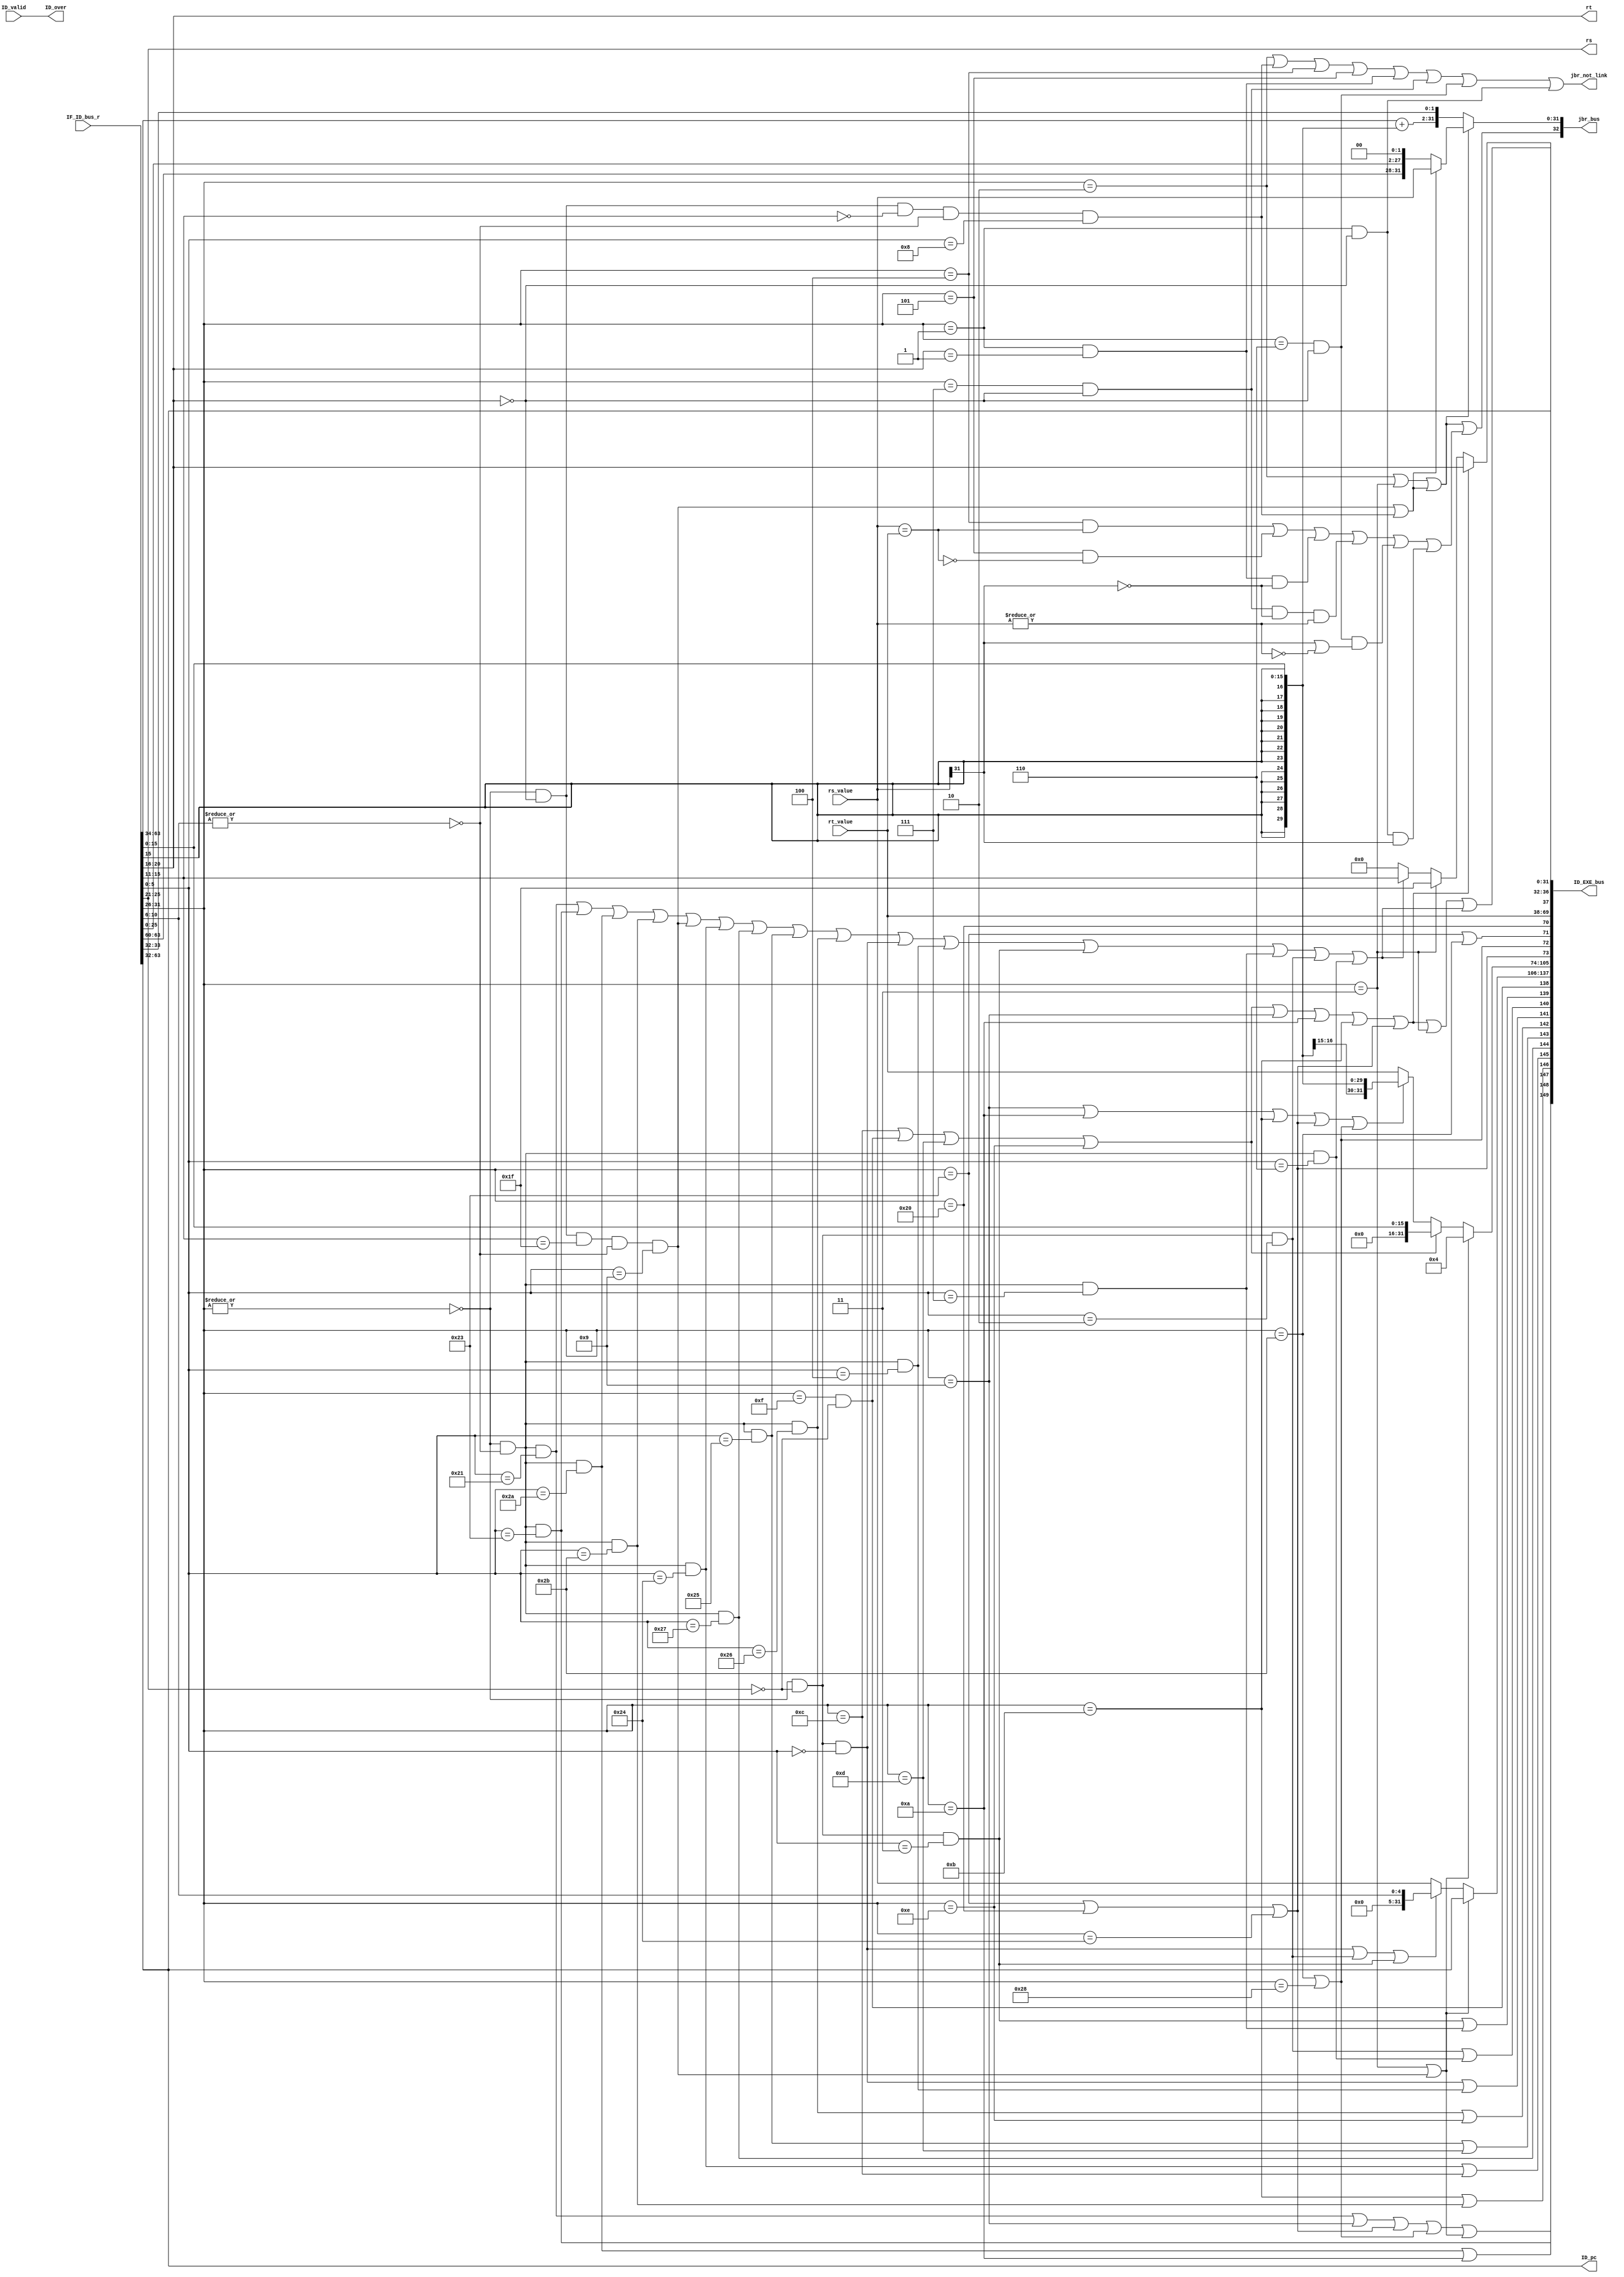
`timescale 1ns / 1ps
//////////////////////////////////////////////////////////////////////////////////
// Company: 
// Engineer: 
// 
// Design Name: 
// Module Name: decode
// Project Name: 
// Target Devices: 
// Tool Versions: 
// Description: 
// 
// Dependencies: 
// 
// Revision:
// Revision 0.01 - File Created
// Additional Comments:
// 
//////////////////////////////////////////////////////////////////////////////////


module decode( // 
 input ID_valid, // 
  input [ 63:0] IF_ID_bus_r, // IF->ID pc
  
  input [ 31:0] rs_value, // 
  input [ 31:0] rt_value, // 
  output [ 4:0] rs, // 
  output [ 4:0] rt, // 
  output [ 32:0] jbr_bus, // 
  output jbr_not_link,// ,link 
  output ID_over, // ID 
  output [149:0] ID_EXE_bus, // ID->EXE 
 
  //PC
  output [ 31:0] ID_pc
  );
  //-----{IF->ID }begin
  wire [31:0] pc;
  wire [31:0] inst;
  assign {pc, inst} = IF_ID_bus_r; // IF->ID PC 
  //-----{IF->ID }end
 
  //-----{}begin
  wire [5:0] op;
  wire [4:0] rd;
  wire [4:0] sa;
  wire [5:0] funct;
  wire [15:0] imm;
  wire [15:0] offset;
  wire [25:0] target;
 
 //R
  assign op = inst[31:26]; // 
  assign rs = inst[25:21]; // 1
  assign rt = inst[20:16]; // 2
 assign rd = inst[15:11]; // 
 assign sa = inst[10:6]; // 
 assign funct = inst[5:0]; // 
 //I
 assign imm = inst[15:0]; // 
 assign offset = inst[15:0]; // 
 //J
 assign target = inst[25:0]; // 

 // 
 /*wire inst_ADDU, inst_SUBU , inst_SLT , inst_AND;//
 wire inst_NOR , inst_OR , inst_XOR , inst_SLL;// 
 wire inst_SRL , inst_ADDIU, inst_BEQ , inst_BNE;// 
 wire inst_LW , inst_SW , inst_LUI , inst_J;//
 wire inst_SLTU, inst_JALR , inst_JR , inst_SLLV;//  
 wire inst_SRA , inst_SRAV , inst_SRLV, inst_SLTIU;
 wire inst_SLTI, inst_BGEZ , inst_BGTZ, inst_BLEZ;
 wire inst_BLTZ, inst_LB , inst_LBU , inst_SB;
 wire inst_ANDI, inst_ORI , inst_XORI, inst_JAL;*/
 
 //
 wire inst_ADDU,inst_SUBU,inst_ADDIU,inst_SLT,inst_SLTU,inst_SLTI,inst_SLTIU;
 //
 wire inst_AND,inst_OR,inst_XOR,inst_NOR,inst_ANDI,inst_ORI,inst_XORI;
 //
 wire inst_SLL,inst_SRL,inst_SLLV,inst_SRLV,inst_SRA,inst_SRAV;
 //
 wire inst_LW,inst_SW,inst_LB,inst_SB,inst_LUI,inst_LBU;
 //
 wire inst_BEQ,inst_BNE,inst_BGEZ,inst_BGTZ,inst_BLEZ,inst_BLTZ;
 //
 wire inst_J,inst_JAL,inst_JALR,inst_JR;
 
 
 wire op_zero; // 0
 wire sa_zero; // sa 0
 assign op_zero = ~(|op);
 assign sa_zero = ~(|sa);
 assign inst_ADDU = op_zero & sa_zero & (funct == 6'b100001);//
 assign inst_SUBU = op_zero & sa_zero & (funct == 6'b100011);//
 assign inst_SLT = op_zero & sa_zero & (funct == 6'b101010);//
 assign inst_SLTU = op_zero & sa_zero & (funct == 6'b101011);//
 assign inst_JALR = op_zero & (rt==5'd0) & (rd==5'd31)& sa_zero & (funct == 6'b001001); //
 assign inst_JR = op_zero & (rt==5'd0) & (rd==5'd0 )& sa_zero & (funct == 6'b001000); //
 assign inst_AND = op_zero & sa_zero & (funct == 6'b100100);//
 assign inst_NOR = op_zero & sa_zero & (funct == 6'b100111);//
 assign inst_OR = op_zero & sa_zero & (funct == 6'b100101);//
 assign inst_XOR = op_zero & sa_zero & (funct == 6'b100110);//
 assign inst_SLL = op_zero & (rs==5'd0) & (funct == 6'b000000);//
 assign inst_SLLV = op_zero & sa_zero & (funct == 6'b000100);//
 assign inst_SRL = op_zero & (rs==5'd0) & (funct == 6'b000010);//
 assign inst_SRLV = op_zero & sa_zero & (funct == 6'b000110);//
 assign inst_SRA = op_zero & (rs==5'd0) & (funct == 6'b000011);//
 assign inst_SRAV = op_zero & sa_zero & (funct == 6'b000111);//
 assign inst_ADDIU = (op == 6'b001001); //
 assign inst_SLTI = (op == 6'b001010); //
 assign inst_SLTIU = (op == 6'b001011); //
 assign inst_BEQ = (op == 6'b000100); //
 assign inst_BGEZ = (op == 6'b000001) & (rt==5'd1); //0 
 assign inst_BGTZ = (op == 6'b000111) & (rt==5'd0); //0 
 assign inst_BLEZ = (op == 6'b000110) & (rt==5'd0); //0 
 assign inst_BLTZ = (op == 6'b000001) & (rt==5'd0); //0 
 assign inst_BNE = (op == 6'b000101); //
 assign inst_LW = (op == 6'b100011); //
 assign inst_SW = (op == 6'b101011); //
 assign inst_LB = (op == 6'b100000); //load 
 assign inst_LBU = (op == 6'b100100); //load 
 assign inst_SB = (op == 6'b101000); //
 assign inst_ANDI = (op == 6'b001100); //
 assign inst_LUI = (op == 6'b001111) & (rs==5'd0); //
 assign inst_ORI = (op == 6'b001101); //
 assign inst_XORI = (op == 6'b001110); //
 assign inst_J = (op == 6'b000010); //
 assign inst_JAL = (op == 6'b000011); //

 //
 wire inst_jr; //
 wire inst_j_link;//
 assign inst_jr = inst_JALR | inst_JR;
 assign inst_j_link = inst_JAL | inst_JALR;
 assign jbr_not_link= inst_J | inst_JR | inst_BEQ | inst_BNE | inst_BGEZ| inst_BGTZ | inst_BLEZ | inst_BLTZ;//link 

 //load store
 wire inst_load;
 wire inst_store;
 assign inst_load = inst_LW | inst_LB | inst_LBU; // load 
 assign inst_store = inst_SW | inst_SB; // store 

 //alu 
 wire inst_add, inst_sub, inst_slt,inst_sltu;
 wire inst_and, inst_nor, inst_or, inst_xor;
 wire inst_sll, inst_srl, inst_sra,inst_lui;
 assign inst_add = inst_ADDU | inst_ADDIU | inst_load| inst_store | inst_j_link; // 
 assign inst_sub = inst_SUBU; // 
 assign inst_slt = inst_SLT | inst_SLTI; // 
 assign inst_sltu= inst_SLTIU | inst_SLTU; // 

 assign inst_and = inst_AND | inst_ANDI; // 
 assign inst_nor = inst_NOR; // 
 assign inst_or = inst_OR | inst_ORI; // 
 assign inst_xor = inst_XOR | inst_XORI; // 
 assign inst_sll = inst_SLL | inst_SLLV; // 
 assign inst_srl = inst_SRL | inst_SRLV; // 
 assign inst_sra = inst_SRA | inst_SRAV; // 
 assign inst_lui = inst_LUI; // 

 //sa 
 wire inst_shf_sa;
 assign inst_shf_sa = inst_SLL | inst_SRL | inst_SRA;

 //
 wire inst_imm_zero; //0 
 wire inst_imm_sign; //
 assign inst_imm_zero = inst_ANDI | inst_LUI | inst_ORI | inst_XORI;
 assign inst_imm_sign = inst_ADDIU | inst_SLTI | inst_SLTIU| inst_load | inst_store;

 //
 wire inst_wdest_rt; // rt 
 wire inst_wdest_31; // 31 
 wire inst_wdest_rd; // rd 
 assign inst_wdest_rt = inst_imm_zero | inst_ADDIU |inst_SLTI| inst_SLTIU | inst_load;
 assign inst_wdest_31 = inst_JAL;
 assign inst_wdest_rd = inst_ADDU | inst_SUBU | inst_SLT | inst_SLTU| inst_JALR | inst_AND | inst_NOR | inst_OR| inst_XOR | inst_SLL | inst_SLLV | inst_SRA| inst_SRAV | inst_SRL | inst_SRLV;
 //-----{}end

 //-----{}begin
 //
 wire j_taken;
 wire [31:0] j_target;
 assign j_taken = inst_J | inst_JAL | inst_jr;
 //rs_value,{pc[31:28],target,2'b00}
 assign j_target = inst_jr ? rs_value :
{pc[31:28],target,2'b00};

 //branch 
 wire rs_equql_rt;
 wire rs_ez;
 wire rs_ltz;
 assign rs_equql_rt = (rs_value == rt_value); // GPR[rs]==GPR[rt]
 assign rs_ez = ~(|rs_value); // rs 0
 assign rs_ltz = rs_value[31]; // rs 0

 wire br_taken;
 wire [31:0] br_target;
 assign br_taken = inst_BEQ & rs_equql_rt // 
 | inst_BNE & ~rs_equql_rt // 
 | inst_BGEZ & ~rs_ltz // 0 
 | inst_BGTZ & ~rs_ltz & ~rs_ez // 0 
 | inst_BLEZ & (rs_ltz | rs_ez) // 0 
 | inst_BLTZ & rs_ltz; // 0 
 // PC=PC+offset<<2
 assign br_target[31:2] = pc[31:2] + {{14{offset[15]}}, offset};//
 assign br_target[1:0] = pc[1:0];

 //jump and branch 
 wire jbr_taken;
 wire [31:0] jbr_target;
 assign jbr_taken = j_taken | br_taken;
 assign jbr_target = j_taken ? j_target : br_target;

 //ID IF 
 assign jbr_bus = {jbr_taken, jbr_target};
 //-----{}end

 //-----{ID }begin
 //
 //ID 
 //ID_valid ID_over 
 assign ID_over = ID_valid;
 //-----{ID }end
/*always @(posedge clk)
   begin
     if(ID_valid)
     begin
         ID_over <= ;
     end
   end*/


 //-----{ID->EXE }begin
 //EXE 
 //ALU 
 wire [11:0] alu_control;
 wire [31:0] alu_operand1;
 wire [31:0] alu_operand2;

 //PC 31 
 //CPU PC+431 
 assign alu_operand1 = inst_j_link ?pc :(inst_shf_sa ? {27'd0,sa} : rs_value);
 assign alu_operand2 = inst_j_link ? 32'd4 :(inst_imm_zero ? {16'd0, imm} :(inst_imm_sign ? {{16{imm[15]}}, imm} : rt_value));
 assign alu_control = {inst_add, // ALU 
 inst_sub,
 inst_slt,
 inst_sltu,
 inst_and,
 inst_nor,
 inst_or,
 inst_xor,
 inst_sll,
 inst_srl,
 inst_sra,
 inst_lui};
 //load/store 
 wire lb_sign; //load load
 wire ls_word; //load/store ,0:byte;1:word
 wire [3:0] mem_control; //MEM 
 wire [31:0] store_data; //store 
 assign lb_sign = inst_LB;
 assign ls_word = inst_LW | inst_SW;
 assign mem_control = {inst_load,
 inst_store,
 ls_word,
 lb_sign };

 //
 wire rf_wen; //
 wire [4:0] rf_wdest; //
 assign rf_wen = inst_wdest_rt | inst_wdest_31 |inst_wdest_rd;
 assign rf_wdest = inst_wdest_rt ? rt ://0
 inst_wdest_31 ? 5'd31 :
 inst_wdest_rd ? rd : 5'd0;
 assign store_data = rt_value;
 assign ID_EXE_bus = {alu_control,alu_operand1,alu_operand2,//EXE 
mem_control,store_data, //MEM 
 rf_wen, rf_wdest, //WB 
 pc}; //PC 
 //-----{ID->EXE }end

 //-----{ID PC }begin
 assign ID_pc = pc;
 //-----{ID PC }end
 endmodule